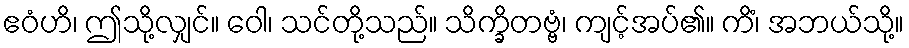
ဧဝံဟိ၊ ဤသို့လျှင်။ ဝေါ၊ သင်တို့သည်။ သိက္ခိတဗ္ဗံ၊ ကျင့်အပ်၏။ ကိံ၊ အဘယ်သို့။